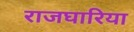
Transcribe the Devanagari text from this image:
राजघारिया